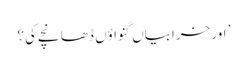
’ اور خرابیاں گنواؤں ڈھانچے کی؟